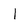
Character: l